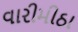
વારીમીઠા